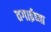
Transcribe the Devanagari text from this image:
तगाईच्या